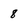
Character: 8